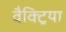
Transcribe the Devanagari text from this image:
वैक्ट्रिया